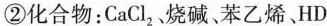
②化合物：CaCl_{2}，烧碱、苯乙烯、HD